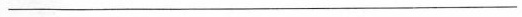
___